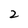
Character: 2